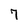
Character: 7